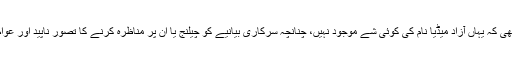
دبئی میں اس قدر خوف کی ایک بڑی وجہ یہ بھی تھی کہ یہاں آزاد میڈیا نام کی کوئی شے موجود نہیں، چنانچہ سرکاری بیانیے کو چیلنج یا ان پر مناظرہ کرنے کا تصور ناپید اور عوام کے پاس پک اینڈ چوز کا کوئی آپشن دستیاب نہیں۔